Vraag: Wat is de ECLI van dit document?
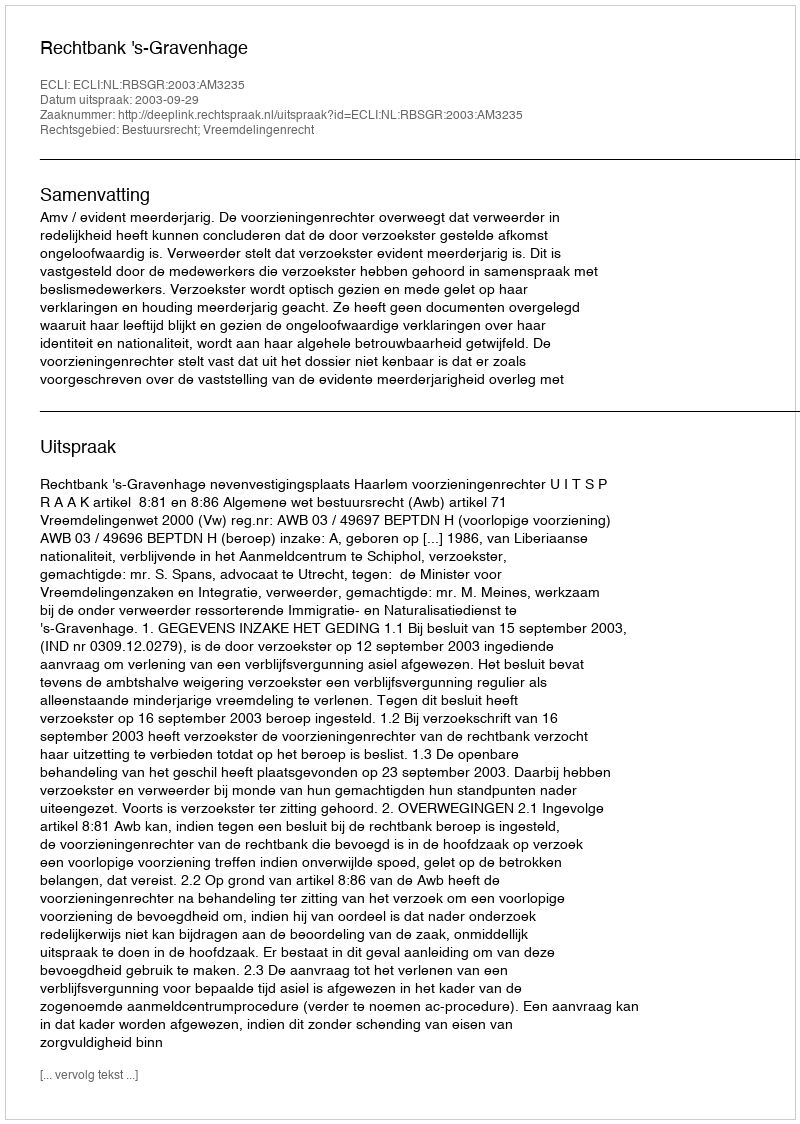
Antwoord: ECLI:NL:RBSGR:2003:AM3235